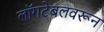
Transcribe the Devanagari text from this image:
लॉगटेबलवरून